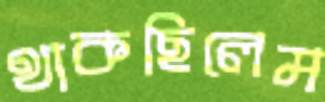
থাকছিলেম